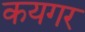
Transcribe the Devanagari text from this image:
कयगर